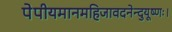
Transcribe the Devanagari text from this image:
पेपीयमानमहिजावदनेन्दुयूष्णः।